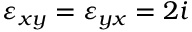
\varepsilon _ { x y } = \varepsilon _ { y x } = 2 i